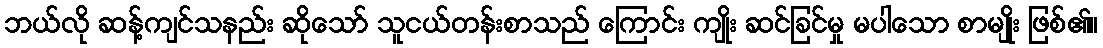
ဘယ်လို ဆန့်ကျင်သနည်း ဆိုသော် သူငယ်တန်းစာသည် ကြောင်း ကျိုး ဆင်ခြင်မှု မပါသော စာမျိုး ဖြစ်၏။